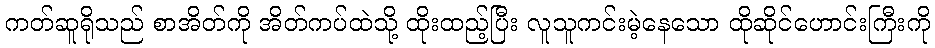
ကတ်ဆူရိုသည် စာအိတ်ကို အိတ်ကပ်ထဲသို့ ထိုးထည့်ပြီး လူသူကင်းမဲ့နေသော ထိုဆိုင်ဟောင်းကြီးကို